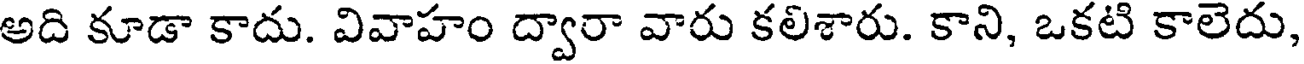
అది కూడా కాదు. వివాహం ద్వారా వారు కలిశారు. కాని, ఒకటి కాలెదు,